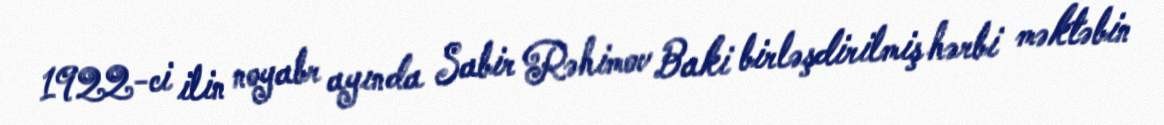
1922-ci ilin noyabr ayında Sabir Rəhimov Baki birləşdirilmiş hərbi məktəbin